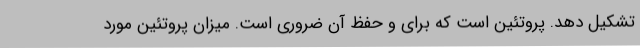
تشکیل دهد. پروتئین است که برای و حفظ آن ضروری است. میزان پروتئین مورد